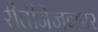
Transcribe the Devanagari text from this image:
रीतीनेजव्हार